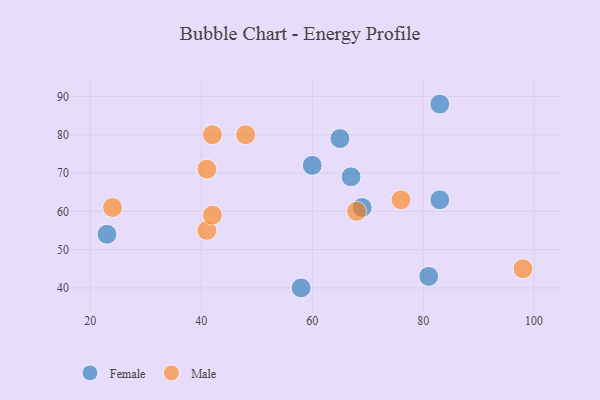
{"axis": {"x": "GDP", "y": "Life Expectancy"}, "legend": ["Female", "Male"], "data": [{"x": "81", "y": 43, "type": "Female"}, {"x": "58", "y": 40, "type": "Female"}, {"x": "69", "y": 61, "type": "Female"}, {"x": "60", "y": 72, "type": "Female"}, {"x": "23", "y": 54, "type": "Female"}, {"x": "67", "y": 69, "type": "Female"}, {"x": "83", "y": 88, "type": "Female"}, {"x": "65", "y": 79, "type": "Female"}, {"x": "83", "y": 63, "type": "Female"}, {"x": "42", "y": 80, "type": "Male"}, {"x": "68", "y": 60, "type": "Male"}, {"x": "76", "y": 63, "type": "Male"}, {"x": "24", "y": 61, "type": "Male"}, {"x": "48", "y": 80, "type": "Male"}, {"x": "41", "y": 55, "type": "Male"}, {"x": "41", "y": 71, "type": "Male"}, {"x": "42", "y": 59, "type": "Male"}, {"x": "98", "y": 45, "type": "Male"}]}